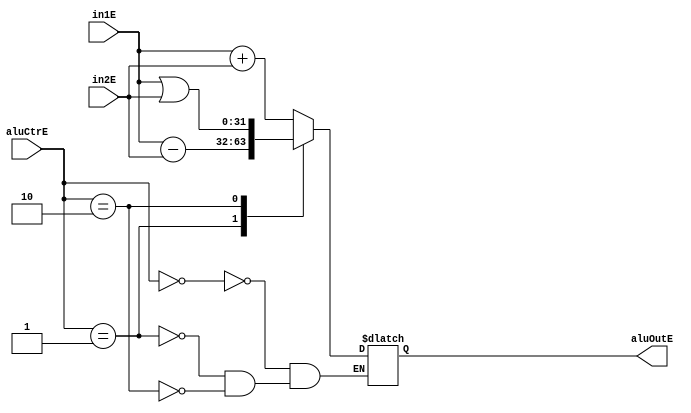
`timescale 1ns / 1ps
//////////////////////////////////////////////////////////////////////////////////
// Company: 
// Engineer: 
// 
// Design Name: 
// Module Name:    ALU 
// Project Name: 
// Target Devices: 
// Tool versions: 
// Description: 
//
// Dependencies: 
//
// Revision: 
// Revision 0.01 - File Created
// Additional Comments: 
//
//////////////////////////////////////////////////////////////////////////////////
module ALU(
    input [31:0] in1E,
    input [31:0] in2E,
    input [3:0] aluCtrE,
    output reg [31:0] aluOutE
    );
	 always@(*)begin
	    case(aluCtrE)
		    3'b000: aluOutE = in1E + in2E;
			 3'b001: aluOutE = in1E - in2E;
			 3'b010: aluOutE = in1E | in2E;
		 endcase
	 end


endmodule